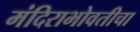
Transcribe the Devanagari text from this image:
मंदिराभोवतीचा